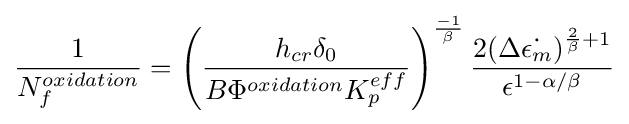
{\frac {1}{N_{f}^{oxidation}}}=\left({\frac {h_{cr}\delta _{0}}{B\Phi ^{oxidation}K_{p}^{eff}}}\right)^{\frac {-1}{\beta }}{\frac {2(\Delta {\dot {\epsilon _{m}}})^{{\frac {2}{\beta }}+1}}{\epsilon ^{1-\alpha /\beta }}}